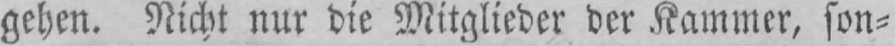
gehen. Nicht nur die Mitglieder der Kammer, son⸗